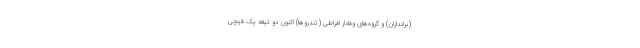
(براندازان) و گروه‌های وفادار افراطی (تندروها) اکنون دو تیغه یک قیچی